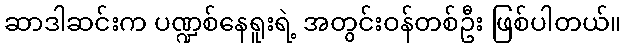
ဆာဒါဆင်းက ပဏ္ဍစ်နေရူးရဲ့ အတွင်းဝန်တစ်ဦး ဖြစ်ပါတယ်။